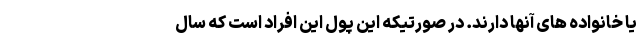
یا خانواده های آنها دارند. در صورتیکه این پول این افراد است که سال